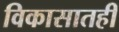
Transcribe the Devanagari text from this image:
विकासातही